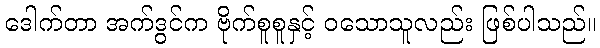
ဒေါက်တာ အက်ဒွင်က ဗိုက်စူစူနှင့် ဝသောသူလည်း ဖြစ်ပါသည်။